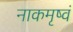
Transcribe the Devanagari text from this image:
नाकमृष्वं